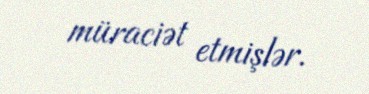
müraciət etmişlər.